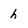
Character: h